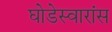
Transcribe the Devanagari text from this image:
घोडेस्वारांस